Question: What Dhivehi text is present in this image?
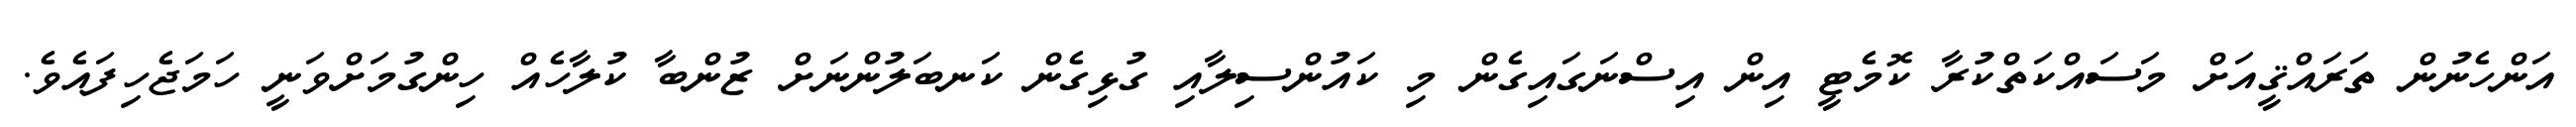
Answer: އަންހެނުން ތަރައްޤީއަށް މަސައްކަތްކުރާ ކޮމެޓީ އިން އިސްނަގައިގެން މި ކައުންސިލާއި ގުޅިގެން ކަނބަލުންނަށް ޒުންބާ ކުލާހެއް ހިންގުމަށްވަނީ ހަމަޖެހިފައެވެ.